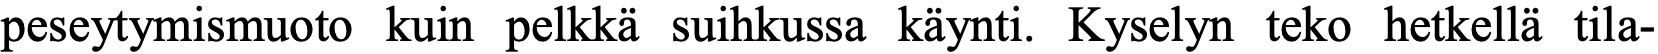
peseytymismuoto kuin pelkkä suihkussa käynti. Kyselyn teko hetkellä tila-